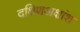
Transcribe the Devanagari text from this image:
दक्षिणअक्षांश